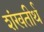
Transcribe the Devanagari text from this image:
शंखतीर्थ